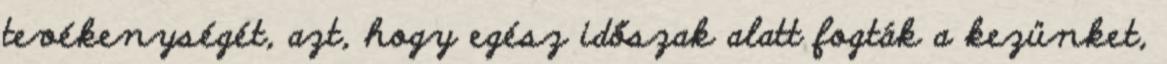
tevékenységét, azt, hogy egész időszak alatt fogták a kezünket,